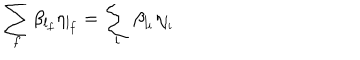
\sum _ { f } \beta _ { l _ { f } } \eta _ { l _ { f } } = \sum _ { i } \beta _ { l _ { i } } \eta _ { l _ { i } }